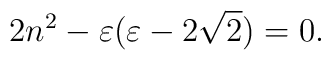
2n^2 -\varepsilon (\varepsilon -2\sqrt{2} )=0.